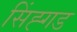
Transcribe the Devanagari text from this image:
सिंह्गड